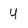
Character: u